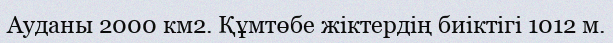
Ауданы 2000 км2. Құмтөбе жіктердің биіктігі 1012 м.